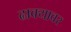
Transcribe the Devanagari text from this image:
ढाक्यावर